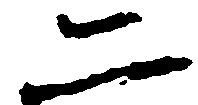
二